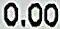
0.00